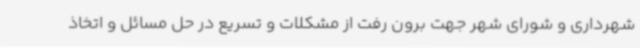
شهرداری و شورای شهر جهت برون رفت از مشکلات و تسریع در حل مسائل و اتخاذ